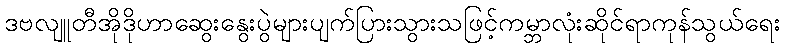
ဒဗလျူတီအိုဒိုဟာဆွေးနွေးပွဲများပျက်ပြားသွားသဖြင့်ကမ္ဘာလုံးဆိုင်ရာကုန်သွယ်ရေး